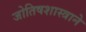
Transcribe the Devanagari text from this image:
जोतिषशास्त्राने